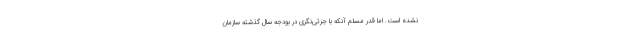
نشده است. اما قدر مسلم آنکه با جزئی‌نگری در بودجه سال گذشته سازمان